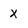
Character: x